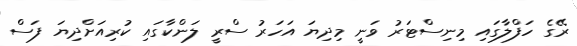
ރޭގެ ހަފްލާގައި މިނިސްޓަރު ވަނީ މިދިޔަ އަހަރު ސްރީ ލަންކާގައި ކުރިއަށްދިޔަ ފަސް